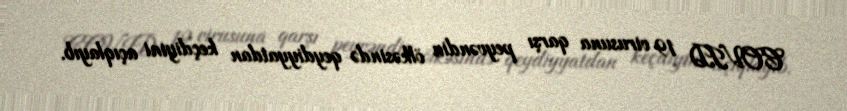
COVID 19 virusuna qarşı peyvəndin ölkəsində qeydiyyatdan keçdiyini açıqlayıb.